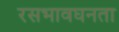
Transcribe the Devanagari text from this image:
रसभावघनता